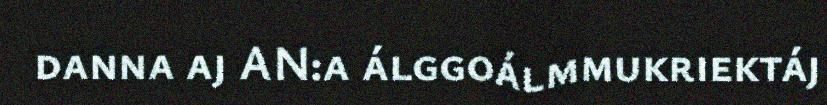
danna aj AN:a álggoálmmukriektáj